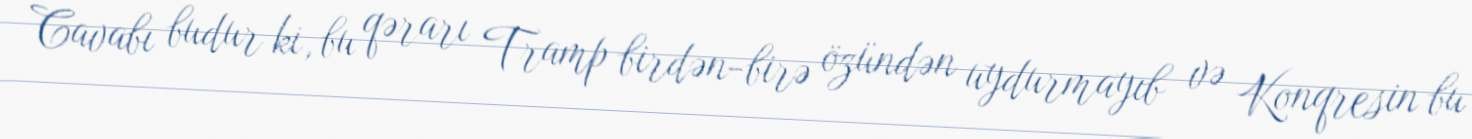
Cavabı budur ki, bu qərarı Tramp birdən-birə özündən uydurmayıb və Konqresin bu